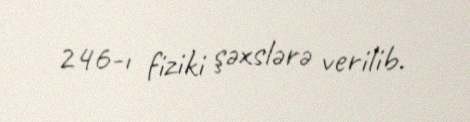
246-ı fiziki şəxslərə verilib.